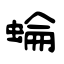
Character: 蜦